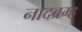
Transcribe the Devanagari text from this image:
नादब्रम्ह